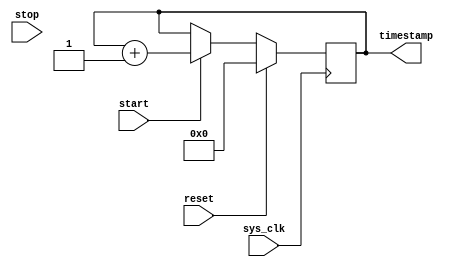
module time_stamping_timer(
    input wire sys_clk, // System clock input
    input wire start, // Start signal
    input wire stop, // Stop signal
    input wire reset, // Reset signal
    output reg [31:0] timestamp // Time-stamping timer output
);

reg [31:0] timer;

always @(posedge sys_clk) begin
    if (reset) begin
        timer <= 32'h0; // Reset timer
    end else if (start) begin
        timer <= timer + 1; // Increment timer
    end else if (stop) begin
        // Do nothing, keep timer value
    end
end

assign timestamp = timer; // Output timer value

endmodule